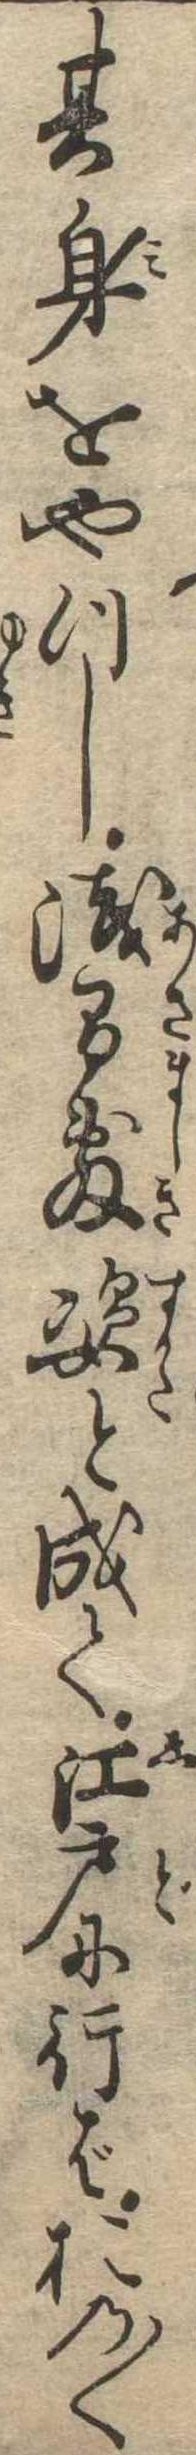
其身をやつし浅間敷姿と成て江戸に行ばおの〱